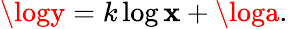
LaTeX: \logy=k\log\mathbf{x}+\loga.